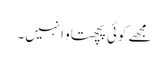
مجھے کوئی پچھتاو انہیں۔